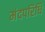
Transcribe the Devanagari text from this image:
मंदपरिधि